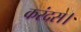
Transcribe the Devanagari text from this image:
करंदस।